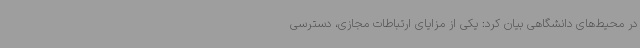
در محیط‌های دانشگاهی بیان کرد: یکی از مزایای ارتباطات مجازی، دسترسی